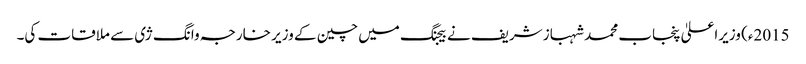
2015ء) وزیراعلیٰ پنجاب محمد شہباز شریف نے بیجنگ میں چین کے وزیر خارجہ وانگ ژی سے ملاقات کی۔